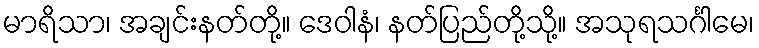
မာရိသာ၊ အချင်းနတ်တို့။ ဒေဝါနံ၊ နတ်ပြည်တို့သို့။ အသုရသင်္ဂါမေ၊